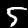
Label: 5